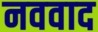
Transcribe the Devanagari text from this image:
नववाद